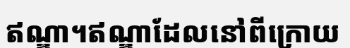
ឥណ្ឌា។ឥណ្ឌាដែលនៅពីក្រោយ